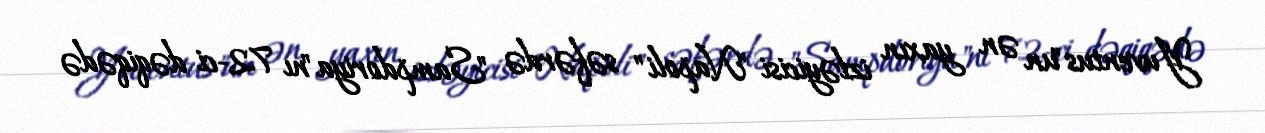
Yuventus"un ən yaxın izləyicisi "Napoli" səfərdə "Sampdoriya"nı 72-ci dəqiqədə